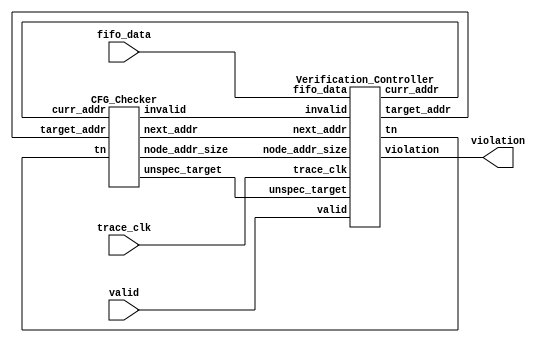
`timescale 1ns / 1ps
//////////////////////////////////////////////////////////////////////////////////
// Company: 
// Engineer: 
// 
// Design Name: 
// Module Name: CFI_Verifier
// Project Name: 
// Target Devices: 
// Tool Versions: 
// Description: 
// 
// Dependencies: 
// 
// Revision:
// Revision 0.01 - File Created
// Additional Comments:
// 
//////////////////////////////////////////////////////////////////////////////////


module CFI_Verifier(
        input trace_clk,
        input valid,
        input[63:0] fifo_data,
        //input[63:0] decode_addr,
        //input async,
        //input atom,
        
        output violation
    );
    wire[63:0] curr_addr;
    wire[63:0] target_addr;
    wire tn;
        
    wire[63:0] next_addr;
    wire[95:0] node_addr_size;
    wire unspec_target;
    wire invalid;
    
    wire violation_w;
    Verification_Controller vc(trace_clk,valid,fifo_data,violation_w,
        curr_addr,target_addr,tn,
        next_addr,node_addr_size,unspec_target,invalid);
    CFG_Checker cc(curr_addr,target_addr,tn,
        next_addr,node_addr_size,unspec_target,invalid);
    assign violation = violation_w;
endmodule

module Verification_Controller(
        input trace_clk,
        input valid,
        /* Input Format: if[0]==0, [63:0]decode addr; if[0]==1, [1]async or atom, [2]atom T/N */
        input[63:0] fifo_data,
        //input async,
        //input atom,
        
        output violation,

        output[63:0] curr_addr,
        output[63:0] target_addr,
        output tn,
        
        input[63:0] next_addr,
        input[95:0] node_addr_size,
        input unspec_target,
        input invalid
    );
    
    /* state parameters */
    parameter WAIT = 3'b0;
    parameter SCOPE_CHECK = 3'b1;
    parameter SCOPE_PROCESSING = 3'b10;
    parameter BRANCH_ACQUISITION = 3'b11;
    parameter CFG_CHECK = 3'b100;
    parameter VERIFICATION = 3'b101;   
    
    reg[2:0] state = WAIT;
    
    reg[63:0] curr_addr_r;
    reg[63:0] target_addr_r;
    reg tn_r;
    reg violation_r = 1'b0;
    
    reg[15:0] func_stack[7:0];
    reg[63:0] return_stack[7:0];
    reg contingency_check = 1'b0;   
    
    
    reg[63:0] decode_addr_r;


    integer i;
    always @(posedge trace_clk) begin
        case(state)
            WAIT:begin
                if(violation_r) violation_r <= 1'b0;
                if(valid)begin
                    if(!fifo_data[0])begin//Decoded Addr:Decoded Addr
                        decode_addr_r <= fifo_data;
                        state <= SCOPE_CHECK;
                    end
                    else if(fifo_data[1:0]==2'b01)state <= WAIT;//Async
                    else;//this should never happen!
                end
                else state <= WAIT;//No decoded Addr:No Output
            end
            SCOPE_CHECK: begin//Decoded Addr: C1/C2
                curr_addr_r <= decode_addr_r;
                state <= SCOPE_PROCESSING;
            end
            SCOPE_PROCESSING: begin
                if(node_addr_size)begin//C2:Current Address????, maybe merged
                    curr_addr_r <= curr_addr_r;
                    state <= BRANCH_ACQUISITION;
                end
                else state <= WAIT;//C1:No Output
            end
            BRANCH_ACQUISITION: begin
                if(valid)begin//TN or Target Address
                    if(fifo_data[1:0]==2'b11)begin//Not Address, and Atom
                        tn_r <= fifo_data[2];//TN
                        target_addr_r <= 64'h1;//magic address, indicates atom which an address follows, this address check always pass
                        state <= CFG_CHECK;
                    end
                    else if(fifo_data[0]==0)begin
                        target_addr_r <= fifo_data;
                        state <= CFG_CHECK;
                    end
                    else if(fifo_data[1:0]==2'b01) state <= WAIT;//Async, addr follows
                    else state <= WAIT;//Other Data From FIFO:No Output, this should never happen!
                end
                else state <= BRANCH_ACQUISITION;//No Data From FIFO:No decoded Addr
            end
            CFG_CHECK: begin//Current Address and TN or Target Address:CFG Checker Output, maybe merged
                tn_r <= tn_r;
                //if(!fifo_data[0]) target_addr_r <= fifo_data;//An addr follows an ATOM
                target_addr_r <= target_addr_r;
                curr_addr_r <= curr_addr_r;
                state <= VERIFICATION;
            end
            VERIFICATION: begin
                if(node_addr_size[15:0])begin//C3
                    if(contingency_check)begin//check unspec target
                        if(curr_addr_r==node_addr_size[95:32]);
                        else violation_r <= 1'b1;
                        contingency_check <= 1'b0;
                    end
                    func_stack[0] <= node_addr_size[15:0];
                    return_stack[0] <= node_addr_size[95:32];
                    for(i=0;i<7;i=i+1)begin
                        func_stack[i+1] <= func_stack[i];
                        return_stack[i+1] <= return_stack[i];
                    end
                end
                if(!invalid&&!unspec_target)begin//C4
                    curr_addr_r <= next_addr;
                    state <= BRANCH_ACQUISITION;//Pass
                end
                else if(invalid&&!unspec_target)begin//C5
                    violation_r <= 1'b1;
                    state <= WAIT;//Not Pass
                end
                else if(!invalid&&unspec_target)begin//C6
                    if(target_addr_r==return_stack[0])begin//function return
                    end
                    else if(target_addr_r>=node_addr_size[95:32]&&target_addr_r<=node_addr_size[95:32]+func_stack[0])begin//branch within current function
                    end
                    else violation_r <= 1'b1;
                end
                else;
            end
        endcase
    end

    assign curr_addr = curr_addr_r;
    assign target_addr = target_addr_r;
    assign tn = tn_r;
    assign violation = violation_r;
endmodule

module CFG_Checker(
        input[63:0] curr_addr,
        input[63:0] target_addr,
        input tn,
        
        output[63:0] next_addr,
        output[95:0] node_addr_size,
        output unspec_target,
        output invalid
    );
    wire[3:0] activate_mask;
    wire[3:0] unspec_target_arr;
    wire[3:0] invalid_arr;
    wire[63:0] next_addr_foo;
    wire[63:0] next_addr_goo;
    wire[63:0] next_addr_A;
    wire[63:0] next_addr_E;
    wire[95:0] node_addr_size_foo;
    wire[95:0] node_addr_size_goo;
    wire[95:0] node_addr_size_A;
    wire[95:0] node_addr_size_E;
    Control_Block_Indirect_Const#(
        .NODE_START_ADDRESS(64'h4006e4),
        .INDIRECT_TARGET_ADDRESS(64'h400818),
        .NODE_SIZE(16'h1c),
        .FUNC_SIZE(16'h1c)
    )foo(curr_addr,target_addr,tn,next_addr_foo,node_addr_size_foo,unspec_target_arr[0],invalid_arr[0],activate_mask[0]);
    
    Control_Block_Indirect_Const#(
        .NODE_START_ADDRESS(64'h400704),
        .INDIRECT_TARGET_ADDRESS(64'h400818),
        .NODE_SIZE(16'h1c),
        .FUNC_SIZE(16'h1c)
    )goo(curr_addr,target_addr,tn,next_addr_goo,node_addr_size_goo,unspec_target_arr[1],invalid_arr[1],activate_mask[1]);
    
    Control_Block_Indirect_Const_2#(
        .NODE_START_ADDRESS(64'h400744),
        .INDIRECT_TARGET_ADDRESS_1(64'h4006e4),
        .INDIRECT_TARGET_ADDRESS_2(64'h400704),
        .NODE_SIZE(16'hd0),
        .FUNC_SIZE(16'hdc)
    )A(curr_addr,target_addr,tn,next_addr_A,node_addr_size_A,unspec_target_arr[2],invalid_arr[2],activate_mask[2]);
    
    Control_Block_Indirect_Unspec#(
        .NODE_START_ADDRESS(64'h400818),
        .NODE_SIZE(16'hd8)
    )E(curr_addr,target_addr,tn,next_addr_E,node_addr_size_E,unspec_target_arr[3],invalid_arr[3],activate_mask[3]);
    
    CFG_MUX CFG_MUX_i(activate_mask,unspec_target_arr,invalid_arr,next_addr_A,node_addr_size_A,
        next_addr_E,node_addr_size_E,next_addr_foo,node_addr_size_foo,next_addr_goo,node_addr_size_goo,
        next_addr,node_addr_size,unspec_target,invalid);
endmodule

module Control_Block_Direct#(
        parameter[63:0] NODE_START_ADDRESS = 64'h00000000_00000000,
        parameter[63:0] DIRECT_TARGET_ADDRESS = 64'h00000000_00000000,
        parameter[15:0] NODE_SIZE = 16'hFFFF,
        parameter[15:0] FUNC_SIZE = 16'hFFFF
	)(
	    input[63:0] curr_addr,
	    input[63:0] target_addr,
	    input tn,
	    
	    output[63:0] next_addr,
	    output[95:0] node_addr_size,
	    output unspec_target,
	    output invalid,
	    output activate
    );
    reg[63:0] next_addr_r;
	reg[95:0] node_addr_size_r;
	reg unspec_target_r = 1'b0;
	reg invalid_r = 1'b0;
    reg activate_r = 1'b0;
    always @(*) begin
        if(curr_addr>=NODE_START_ADDRESS&&curr_addr<=NODE_START_ADDRESS+NODE_SIZE)begin
            activate_r <= 1'b1;
            node_addr_size_r <= {NODE_START_ADDRESS, NODE_SIZE, FUNC_SIZE};
            if(tn) next_addr_r <= DIRECT_TARGET_ADDRESS;
            else next_addr_r <= curr_addr + 'h4;
            unspec_target_r <= 1'b0;
            invalid_r <= 1'b0;
        end
        else activate_r <= 1'b0;
    end
    assign next_addr = next_addr_r;
    assign node_addr_size = node_addr_size_r;
    assign unspec_target = unspec_target_r;
    assign invalid = invalid_r;
    assign activate = activate_r;
endmodule

module Control_Block_Indirect_Const#(
        parameter[63:0] NODE_START_ADDRESS = 64'h00000000_00000000,
        parameter[63:0] INDIRECT_TARGET_ADDRESS = 64'hFFFFFFFF_FFFFFFFF,
        parameter[15:0] NODE_SIZE = 16'hFFFF,
        parameter[15:0] FUNC_SIZE = 16'hFFFF
	)(
	    input[63:0] curr_addr,
	    input[63:0] target_addr,
	    input tn,
	    
	    output[63:0] next_addr,
	    output[95:0] node_addr_size,
	    output unspec_target,
	    output invalid,
	    output activate
    );
    reg[63:0] next_addr_r;
	reg[95:0] node_addr_size_r;
	reg unspec_target_r = 1'b0;
	reg invalid_r = 1'b0;
    reg activate_r = 1'b0;
    always @(*) begin
        if(curr_addr>=NODE_START_ADDRESS&&curr_addr<=NODE_START_ADDRESS+NODE_SIZE)begin
            activate_r <= 1'b1;
            node_addr_size_r <= {NODE_START_ADDRESS, NODE_SIZE, FUNC_SIZE};
            if(tn==0) begin
                next_addr_r <= curr_addr + 'h4;
                invalid_r <= 1'b0;
            end
            else if(target_addr==INDIRECT_TARGET_ADDRESS)begin 
                next_addr_r <= INDIRECT_TARGET_ADDRESS;
                invalid_r <= 1'b0;
            end
            else if(target_addr==64'h1)begin 
                next_addr_r <= curr_addr;
                invalid_r <= 1'b0;
            end
            else invalid_r <= 1'b1;
            unspec_target_r <= 1'b0;
        end
        else activate_r <= 1'b0;
    end
    assign next_addr = next_addr_r;
    assign node_addr_size = node_addr_size_r;
    assign unspec_target = unspec_target_r;
    assign invalid = invalid_r;
    assign activate = activate_r;
endmodule

module Control_Block_Indirect_Const_2#(
        parameter[63:0] NODE_START_ADDRESS = 64'h00000000_00000000,
        parameter[63:0] INDIRECT_TARGET_ADDRESS_1 = 64'hFFFFFFFF_FFFFFFFF,
        parameter[63:0] INDIRECT_TARGET_ADDRESS_2 = 64'hFFFFFFFF_FFFFFFFF,
        parameter[15:0] NODE_SIZE = 16'hFFFF,
        parameter[15:0] FUNC_SIZE = 16'hFFFF
	)(
	    input[63:0] curr_addr,
	    input[63:0] target_addr,
	    input tn,
	    
	    output[63:0] next_addr,
	    output[95:0] node_addr_size,
	    output unspec_target,
	    output invalid,
	    output activate
    );
    reg[63:0] next_addr_r;
	reg[95:0] node_addr_size_r;
	reg unspec_target_r = 1'b0;
	reg invalid_r = 1'b0;
    reg activate_r = 1'b0;
    always @(*) begin
        if(curr_addr>=NODE_START_ADDRESS&&curr_addr<=NODE_START_ADDRESS+NODE_SIZE)begin
            activate_r <= 1'b1;
            node_addr_size_r <= {NODE_START_ADDRESS, NODE_SIZE, FUNC_SIZE};
            if(tn==0) begin
                next_addr_r <= curr_addr + 'h4;
                invalid_r <= 1'b0;
            end
            else if(target_addr==INDIRECT_TARGET_ADDRESS_1)begin 
                next_addr_r <= INDIRECT_TARGET_ADDRESS_1;
                invalid_r <= 1'b0;
            end
            else if(target_addr==INDIRECT_TARGET_ADDRESS_2)begin 
                next_addr_r <= INDIRECT_TARGET_ADDRESS_2;
                invalid_r <= 1'b0;
            end
            else if(target_addr==64'h1)begin 
                next_addr_r <= curr_addr;
                invalid_r <= 1'b0;
            end
            else invalid_r <= 1'b1;
            unspec_target_r <= 1'b0;
        end
        else activate_r <= 1'b0;
    end
    assign next_addr = next_addr_r;
    assign node_addr_size = node_addr_size_r;
    assign unspec_target = unspec_target_r;
    assign invalid = invalid_r;
    assign activate = activate_r;
endmodule

module Control_Block_Indirect_Unspec#(
        parameter[63:0] NODE_START_ADDRESS = 64'h00000000_00000000,
        parameter[15:0] NODE_SIZE = 16'hFFFF,
        parameter[15:0] FUNC_SIZE = 16'hFFFF
	)(
	    input[63:0] curr_addr,
	    input[63:0] target_addr,
	    input tn,
	    
	    output[63:0] next_addr,
	    output[95:0] node_addr_size,
	    output unspec_target,
	    output invalid,
	    output activate
    );
    reg[63:0] next_addr_r;
	reg[95:0] node_addr_size_r;
	reg unspec_target_r = 1'b0;
	reg invalid_r = 1'b0;
    reg activate_r = 1'b0;
    always @(*) begin
        if(curr_addr>=NODE_START_ADDRESS&&curr_addr<=NODE_START_ADDRESS+NODE_SIZE)begin
            activate_r <= 1'b1;
            node_addr_size_r <= {NODE_START_ADDRESS, NODE_SIZE, FUNC_SIZE};
            if(tn) next_addr_r <= target_addr;
            else next_addr_r <= curr_addr + 'h4;
            unspec_target_r <= 1'b1;
            invalid_r <= 1'b0;
        end
        else activate_r <= 1'b0;
    end
    assign next_addr = next_addr_r;
    assign node_addr_size = node_addr_size_r;
    assign unspec_target = unspec_target_r;
    assign invalid = invalid_r;
    assign activate = activate_r;
endmodule

module CFG_MUX(
        input[3:0] activate_mask,
        input[3:0] unspec_target_arr,
        input[3:0] invalid_arr,
        
        input[63:0] next_addr_A,
	    input[95:0] node_addr_size_A,
	    
	    input[63:0] next_addr_E,
	    input[95:0] node_addr_size_E,
	    
	    input[63:0] next_addr_foo,
	    input[95:0] node_addr_size_foo,
	    
	    input[63:0] next_addr_goo,
	    input[95:0] node_addr_size_goo,
	    
        output[63:0] next_addr,
	    output[95:0] node_addr_size,
	    output unspec_target,
	    output invalid
    );
    reg[63:0] next_addr_r;
	reg[95:0] node_addr_size_r;
	reg unspec_target_r = 1'b0;
	reg invalid_r = 1'b0;
    always @(*) begin
        case(activate_mask)
            4'b0001:begin
                next_addr_r <= next_addr_foo;
                node_addr_size_r <= node_addr_size_foo;
                unspec_target_r <= unspec_target_arr[0];
                invalid_r <= invalid_arr[0];
            end
            4'b0010:begin
                next_addr_r <= next_addr_goo;
                node_addr_size_r <= node_addr_size_goo;
                unspec_target_r <= unspec_target_arr[1];
                invalid_r <= invalid_arr[1];
            end
            4'b0100:begin
                next_addr_r <= next_addr_A;
                node_addr_size_r <= node_addr_size_A;
                unspec_target_r <= unspec_target_arr[2];
                invalid_r <= invalid_arr[2];
            end
            4'b1000:begin
                next_addr_r <= next_addr_E;
                node_addr_size_r <= node_addr_size_E;
                unspec_target_r <= unspec_target_arr[3];
                invalid_r <= invalid_arr[3];
            end
            default:begin
            end
        endcase
    end
    assign next_addr = next_addr_r;
    assign node_addr_size = node_addr_size_r;
    assign unspec_target = unspec_target_r;
    assign invalid = invalid_r;
endmodule